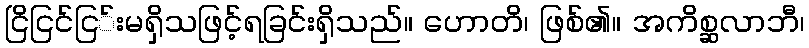
ငြိငြင်ငြ်းမရှိသဖြင့်ရခြင်းရှိသည်။ ဟောတိ၊ ဖြစ်၏။ အကိစ္ဆလာဘီ၊